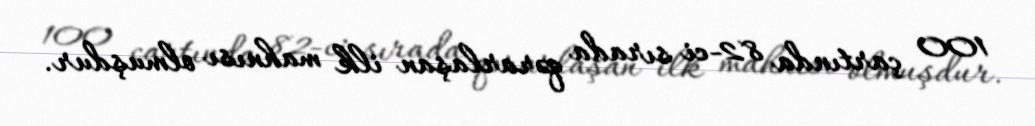
100 çartında 82-ci sırada qərarlaşan ilk mahnısı olmuşdur.